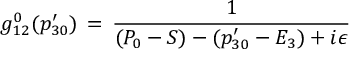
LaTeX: g _ { 1 2 } ^ { 0 } ( p _ { 3 0 } ^ { \prime } ) \, = \, { \frac { 1 } { ( P _ { 0 } - S ) - ( p _ { 3 0 } ^ { \prime } - E _ { 3 } ) + i \epsilon } }